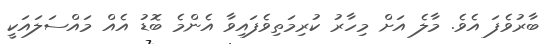
ބާރުވެފަ އެވެ. މާލެ އަށް މިހާރު ކުރިމަތިވެފައިވާ އެންމެ ބޮޑު އެއް މައްސަލައަކީ